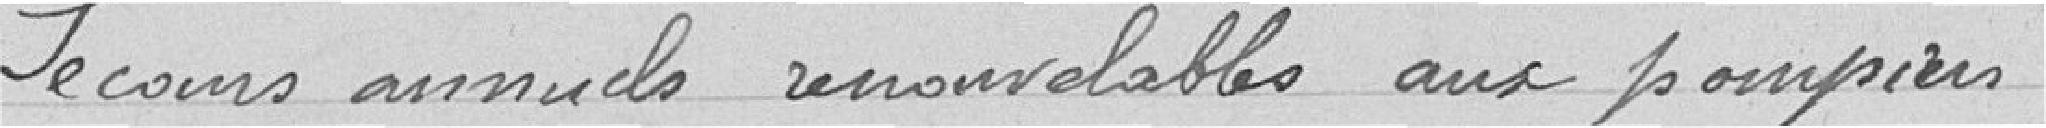
secours annuels renouvelables aux pompiers